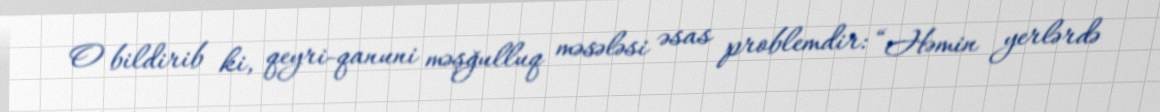
O bildirib ki, qeyri-qanuni məşğulluq məsələsi əsas problemdir: “Həmin yerlərdə